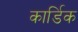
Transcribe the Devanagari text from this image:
कार्डिक